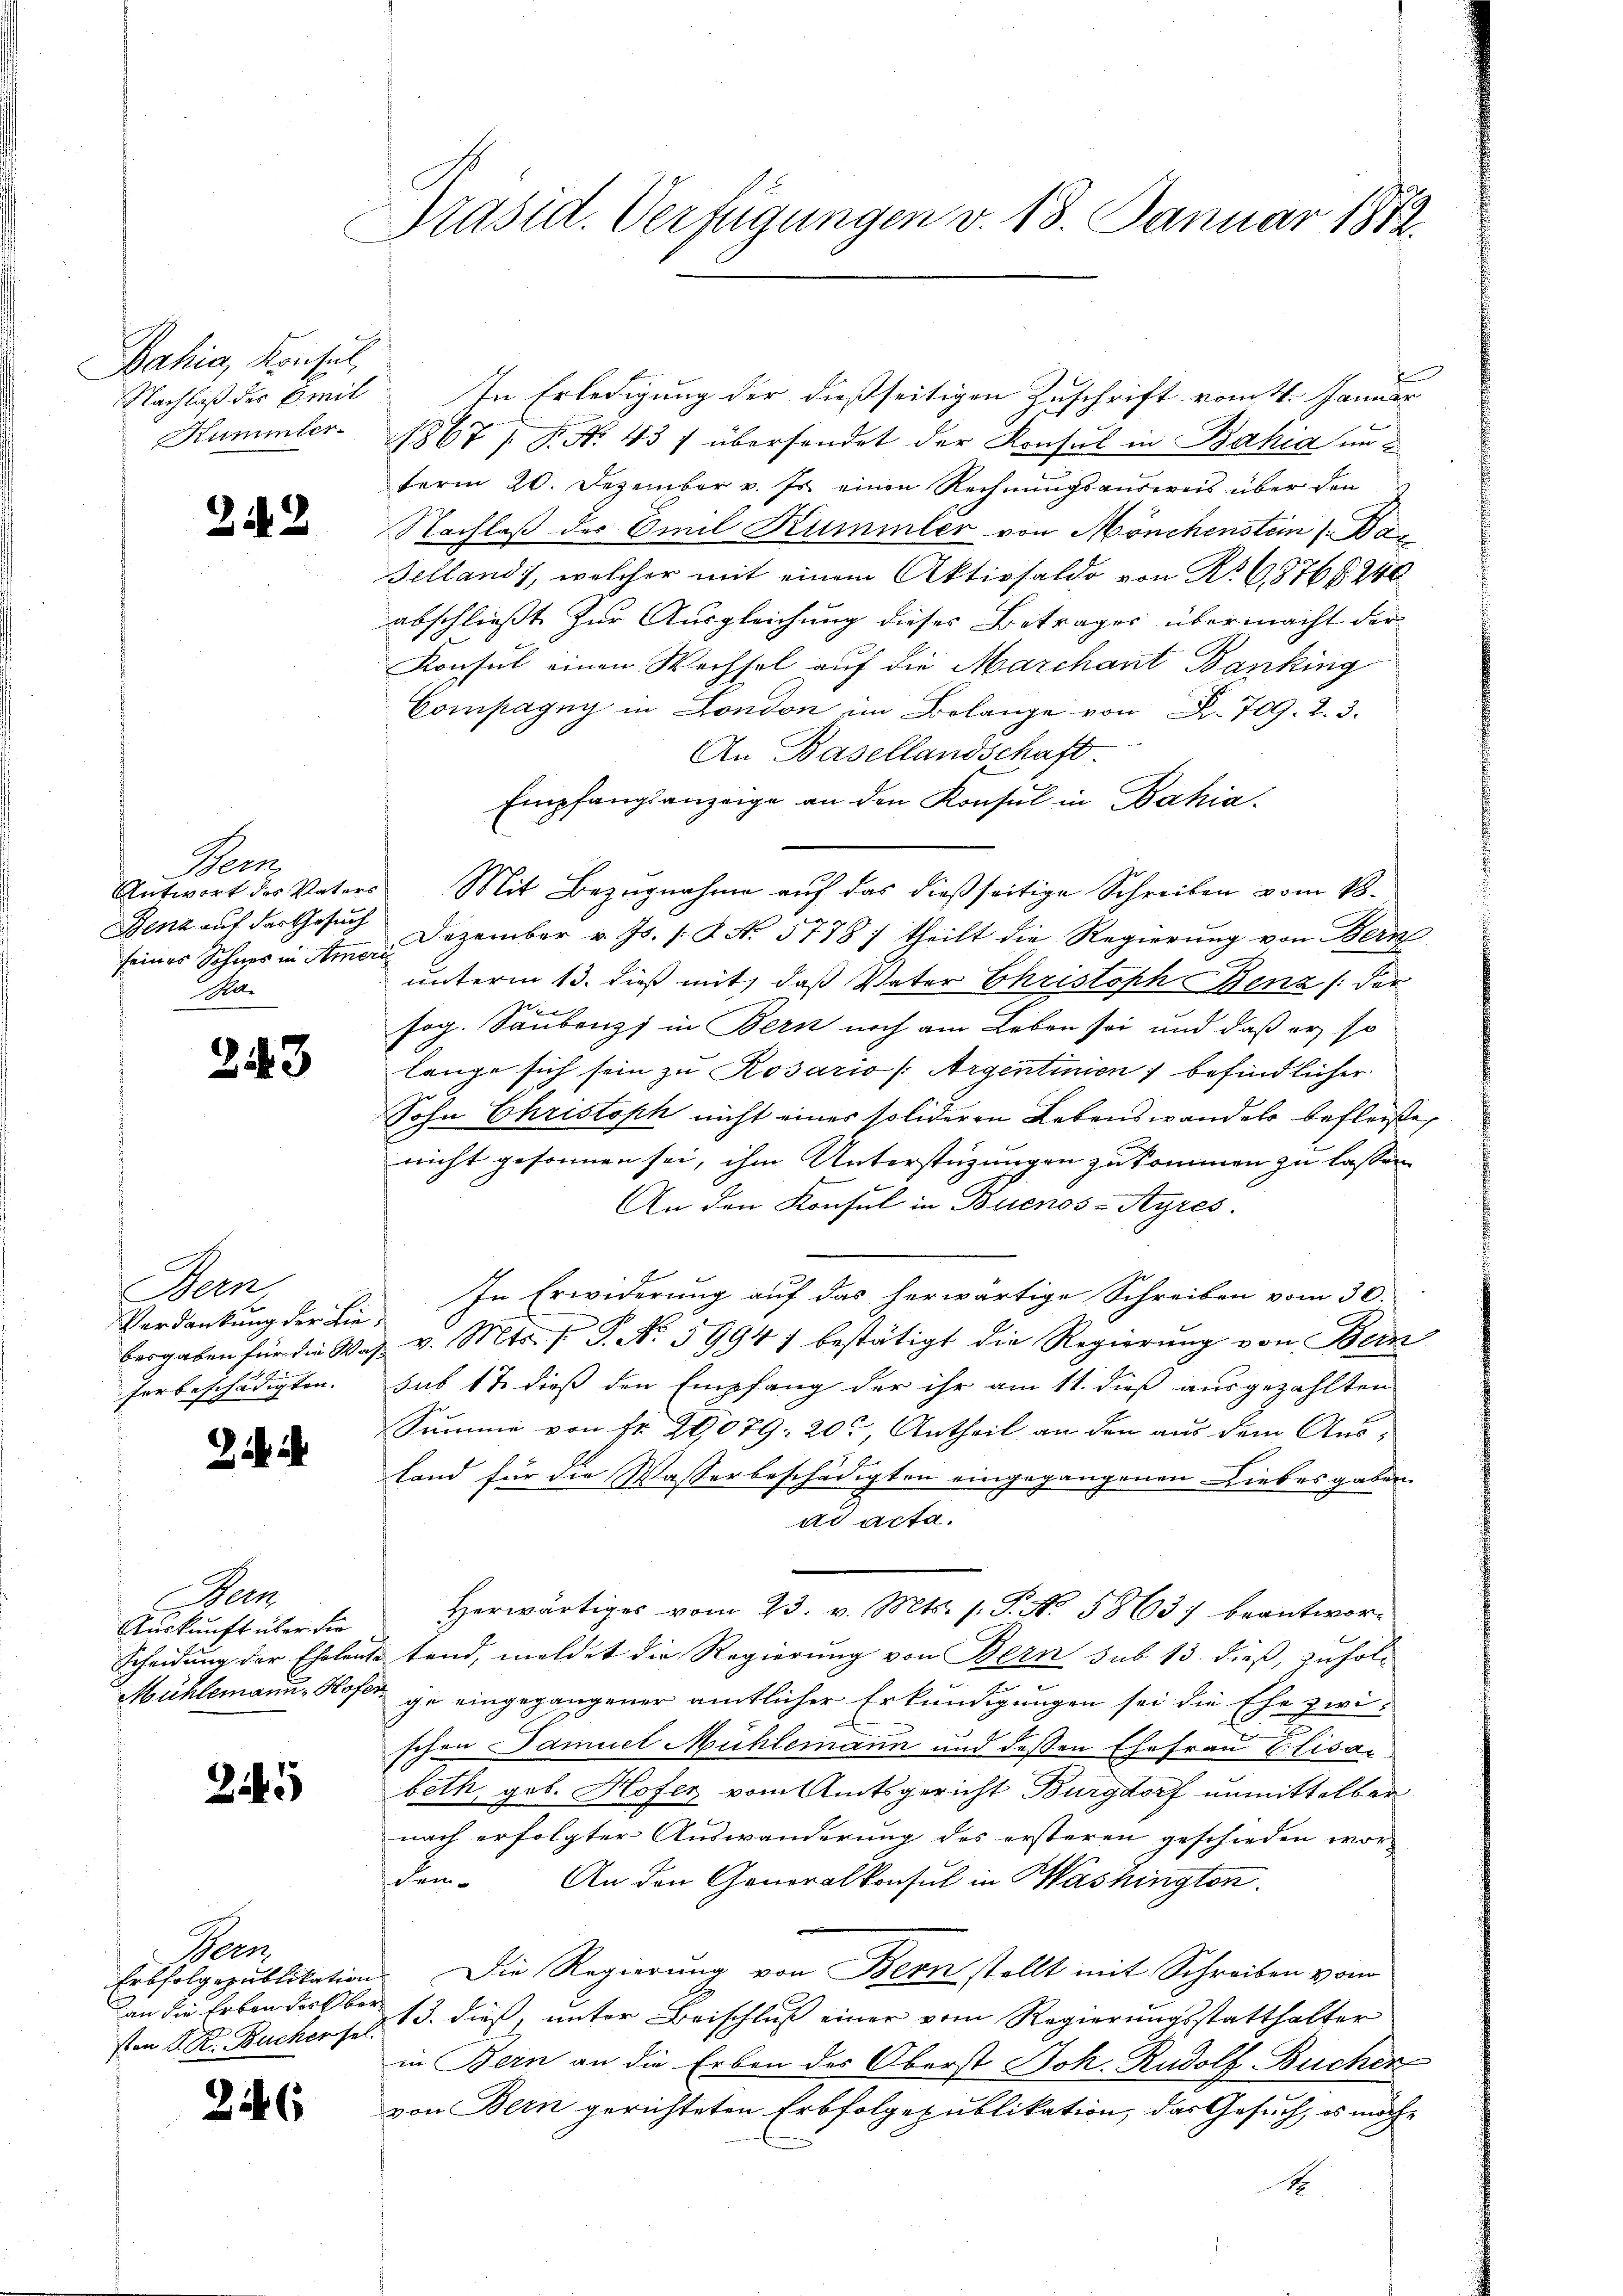
Bahia, Konsul,
Nachlaß der Emil
Kummter

2

Hern
Benz auf der Gesuch
seines Sohnes in Ameri
Pel.

2.

Bern,
Verdankung der Liebesgaben für die Wasferbeschädigten.

22.

12

3

em
Auskunft über die
Scheidung der Ehelen-
Mühlemann-Hofe

245

Herr
Erbfolgspublikation
an die Erben der ber
sten S. R. Bucher sel.

226

Präsid. Verfügungen v. 18. Januar 1852.

In Erledigung der dießseitigen Zuschrift vom 11. Januar
1867 / P. No. 437 übersendet der Konsul in Bahia in
term 20. Dezember v. Js. einen Rechnungsausweis über den
Nachlaß der Omil Kummler von Mönchenstein s. Ba
Sellands, welcher mit einem Aktivsaldo von No 6876. 246
abschließt. Zur Ausgleichung dieses Betrages übermacht der
Konsul einen Wechsel auf die Marchant Banking
Compagny in London im Belange von R. 709. 2. 3.
An Basellandschaft.
Empfangsanzeige an den Konsul in Bahia.
Antwort des Vaters Mit Bezŭgnahme aŭf das dießseitige Schreiben vom 18.
1.
Dezember v. Js. s. No. 5118) theilt die Regierung von Bern
unterm 13. dieß mit, daß Vater Christoph Benz (der
sog. Säubenzi in Bern noch am Leben sei und daß er so
lange sich sein zu Rosario (Argentinien) befindlicher
Sohn Christoph nicht eines solideren Lebenswandels befleiße,
nicht gesonnen sei, ihm Unterstüzungen zukommen zu lassen.
An den Konsul in Buenos-Ayres.
In Erwiderung auf das herwärtige Schreiben vom 30.
v. Mts. (T. No. 5994) bestätigt die Regierung von Bern
sub 17 dieß den Empfang der ihr am 11. dieß ausgezahlten
Summe von Fr. 201079. 20, Antheil an den aus dem Aus¬
Land für die Wasserbeschädigten eingegangenen Liebesgaben.
ad acta.
Herwärtiges vom 23. v. Mts. s. S. No. 5863) beantwortend, meldet die Regierung von Bern sub 13. dieß, zufolge eingegangener amtlicher Erkundigungen sei die Ehe zwi-
schon Samuel Mühlemann und dessen Ehefrau Elisabeth, geb. Hofer vom Amtsgericht Burgdorf unmittelbar
nach erfolgter Auswanderung des ersteren geschieden wor-
den. An den Generalkonsul in Washington
Die Regierung von Bern stellt mit Schreiben vom
13. dieß, unter Beischluss einer vom Regierungsstatthalter
in Bern an die Erben des Oberst Joh. Rudolf Bucher
von Bern gerichteten Erbfolgepublikation, das Gesuch, es möch¬
A